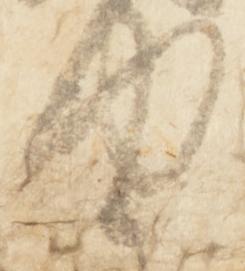
仲